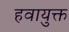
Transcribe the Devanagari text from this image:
हवायुक्त